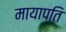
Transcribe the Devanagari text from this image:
मायापति